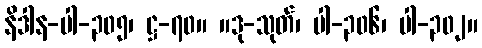
နိဒါန-ပါ-၃၀၅၊ ဋ္ဌ-၇၀။ ။ဒု-သုတ်၊ ပါ-၃၀၆၊ ပါ-၃၀၂။